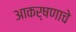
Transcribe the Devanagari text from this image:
आकर्षणाचे